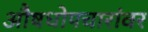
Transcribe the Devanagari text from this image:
औषधोपचारांवर